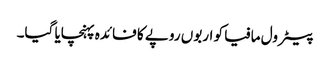
پیٹرول مافیا کو اربوں روپے کا فائدہ پہنچایا گیا۔